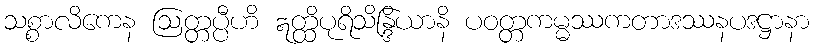
သစ္စာလိကေန ဩတ္တပ္ပီဟိ ဣတ္ထိပုရိသိန္ဒြိယာနိ ပဝတ္တကမ္မဿကတာဒဿနပဒဋ္ဌာနာ